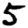
Digit: 5